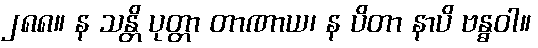
၂၈၈။ န သန္တိ ပုတ္တာ တာဏာယ၊ န ပိတာ နာပိ ဗန္ဓဝါ။